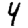
Digit: 4